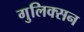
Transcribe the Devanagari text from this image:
गुलिक्सन